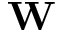
{ \bf W }